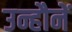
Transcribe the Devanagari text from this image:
उन्हौनें